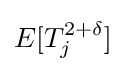
E[T_{j}^{2+\delta }]